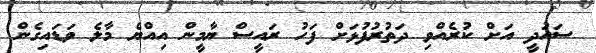
ސައުދީ އަށް ކުރެއްވި ދަތުރުފުޅަށް ފަހު ރައީސް ޔާމީން އިއްޔެ މާލެ ވަޑައިގެން